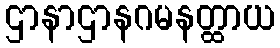
ဌာနာဌာနဂမနတ္ထာယ